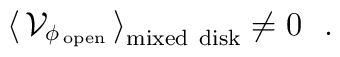
\big\langle\,{\cal V}_{\phi_{\rm \,open}}\,\big\rangle_{\rm mixed~disk}\not= 0~~.